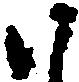
ハ